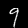
Digit: 9